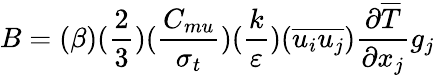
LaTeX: B=(\beta)(\frac{2}{3})(\frac{C_{mu}}{\sigma_{t}})(\frac{k}{\varepsilon})(\overline{{u_{i}u_{j}}})\frac{\partial\overline{{T}}}{\partial x_{j}}g_{j}